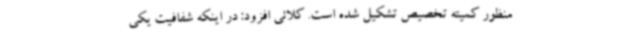
منظور کمیته تخصیص تشکیل شده است. کلائی افزود: در اینکه شفافیت یکی